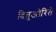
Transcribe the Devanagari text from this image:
दितुओरिते